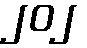
၂၀၂